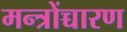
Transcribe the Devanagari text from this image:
मन्त्रोंच्चारण